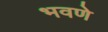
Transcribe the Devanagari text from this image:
भवणे